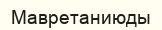
Мавретаниюды